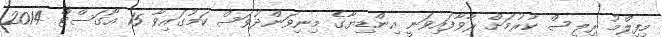
މިފިލްމު ރިލީސް ކުރުމަށް ރާވާފައިވަނީ އިންޑިޔާގެ މިނިވަންދުވަސް ކަމުގައިވާ 15 އޯގަސްޓް 2014